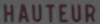
HAUTEUR